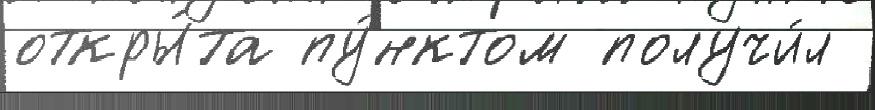
откры́та пу́нктом получи́л